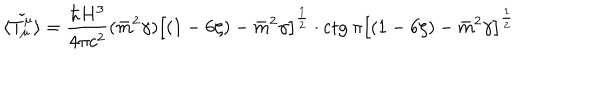
{ \tilde { \langle T _ { \mu } ^ { \mu } \rangle } } = \frac { \hbar H ^ { 3 } } { 4 \pi c ^ { 2 } } ( \bar { m } ^ { 2 } \gamma ) \left\lbrack ( 1 - 6 \zeta ) - \bar { m } ^ { 2 } \gamma \right\rbrack ^ { \frac { 1 } { 2 } } \cdot \mathrm { c t g } \: \pi \left\lbrack ( 1 - 6 \zeta ) - \bar { m } ^ { 2 } \gamma \right\rbrack ^ { \frac { 1 } { 2 } }